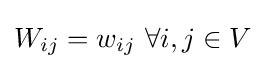
W_{ij}=w_{ij}~\forall i,j\in V